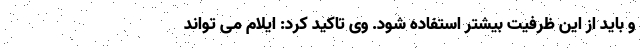
و باید از این ظرفیت بیشتر استفاده شود. وی تاکید کرد: ایلام می تواند